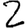
Digit: 2